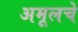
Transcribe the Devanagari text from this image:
अमूलचे